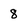
Character: 8